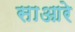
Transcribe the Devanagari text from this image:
साआरे